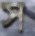
স